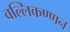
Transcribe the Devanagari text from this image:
वल्लिकण्णन